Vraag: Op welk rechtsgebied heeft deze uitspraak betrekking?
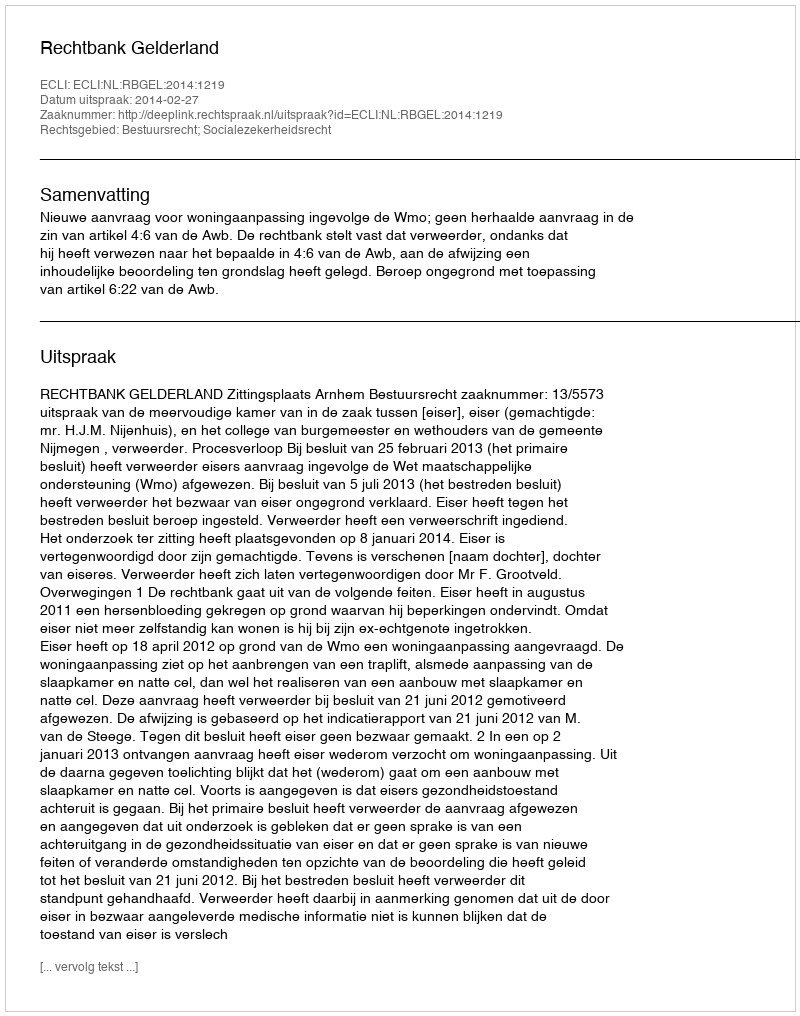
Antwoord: Bestuursrecht; Socialezekerheidsrecht